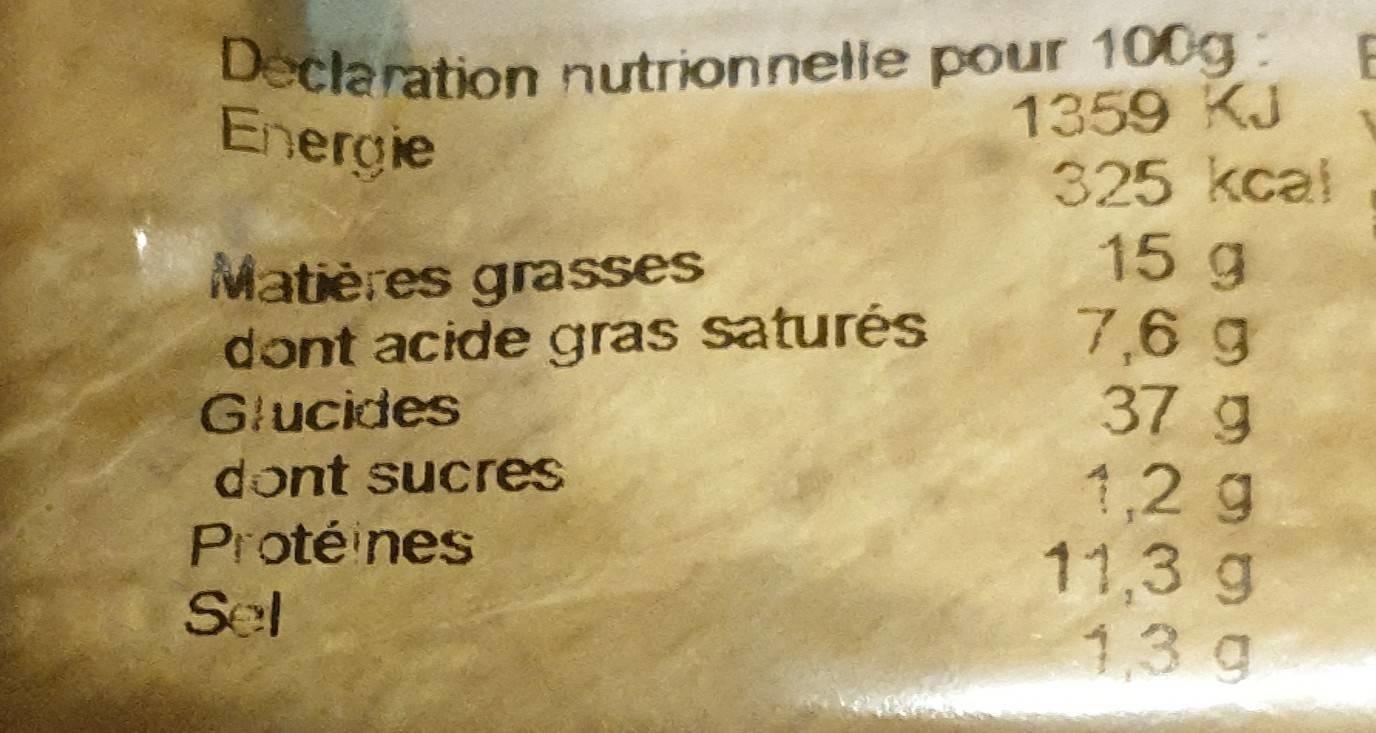
Declaration nutrionnelle pour 100g: Energie
1359 KJ
Matières grasses
dont acide gras saturés
Glucides
dont sucres
Protéines
Sel
325 kcal 15 g
7,6 g
37 g
1,2 g
11,3 g
1.3 g